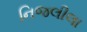
નિજલીલા